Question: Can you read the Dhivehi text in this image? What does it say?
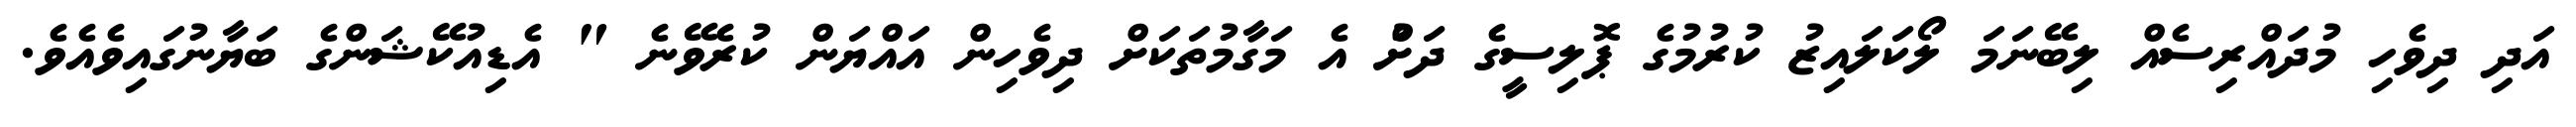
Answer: އަދި ދިވެހި މުދައްރިސެއް ލިބޭނަމަ ލޯކަލައިޒު ކުރުމުގެ ޕޮލިސީގެ ދަށުް އެ މަގާމުތަކަށް ދިވެހިން އައްޔަން ކުރެވޭނެ " އެޑިއުކޭޝަންގެ ބަޔާނުގައިވެއެވެ.